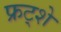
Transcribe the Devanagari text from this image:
फ्रट्शे